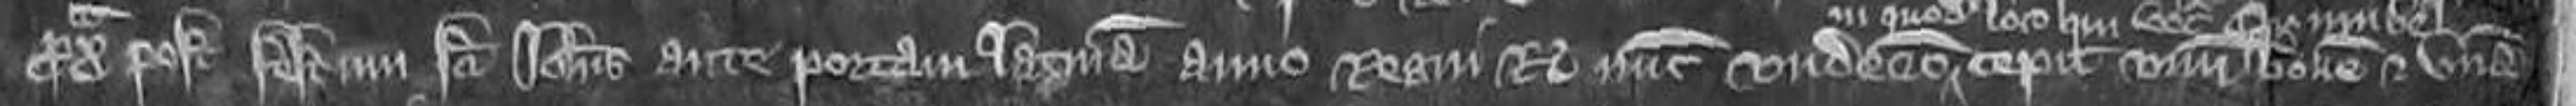
proxima post festum sancti Johannis ante Portam Latinam anno regni regis nunc undecimo cepit unum bovem et unam